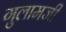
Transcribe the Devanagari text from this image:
गुलामजी